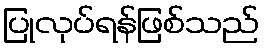
ပြုလုပ်ရန်ဖြစ်သည်